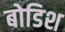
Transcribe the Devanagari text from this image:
बोडिश